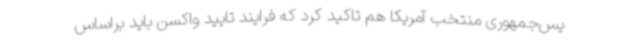
یس‌جمهوری منتخب آمریکا هم تاکید کرد که فرایند تایید واکسن باید براساس